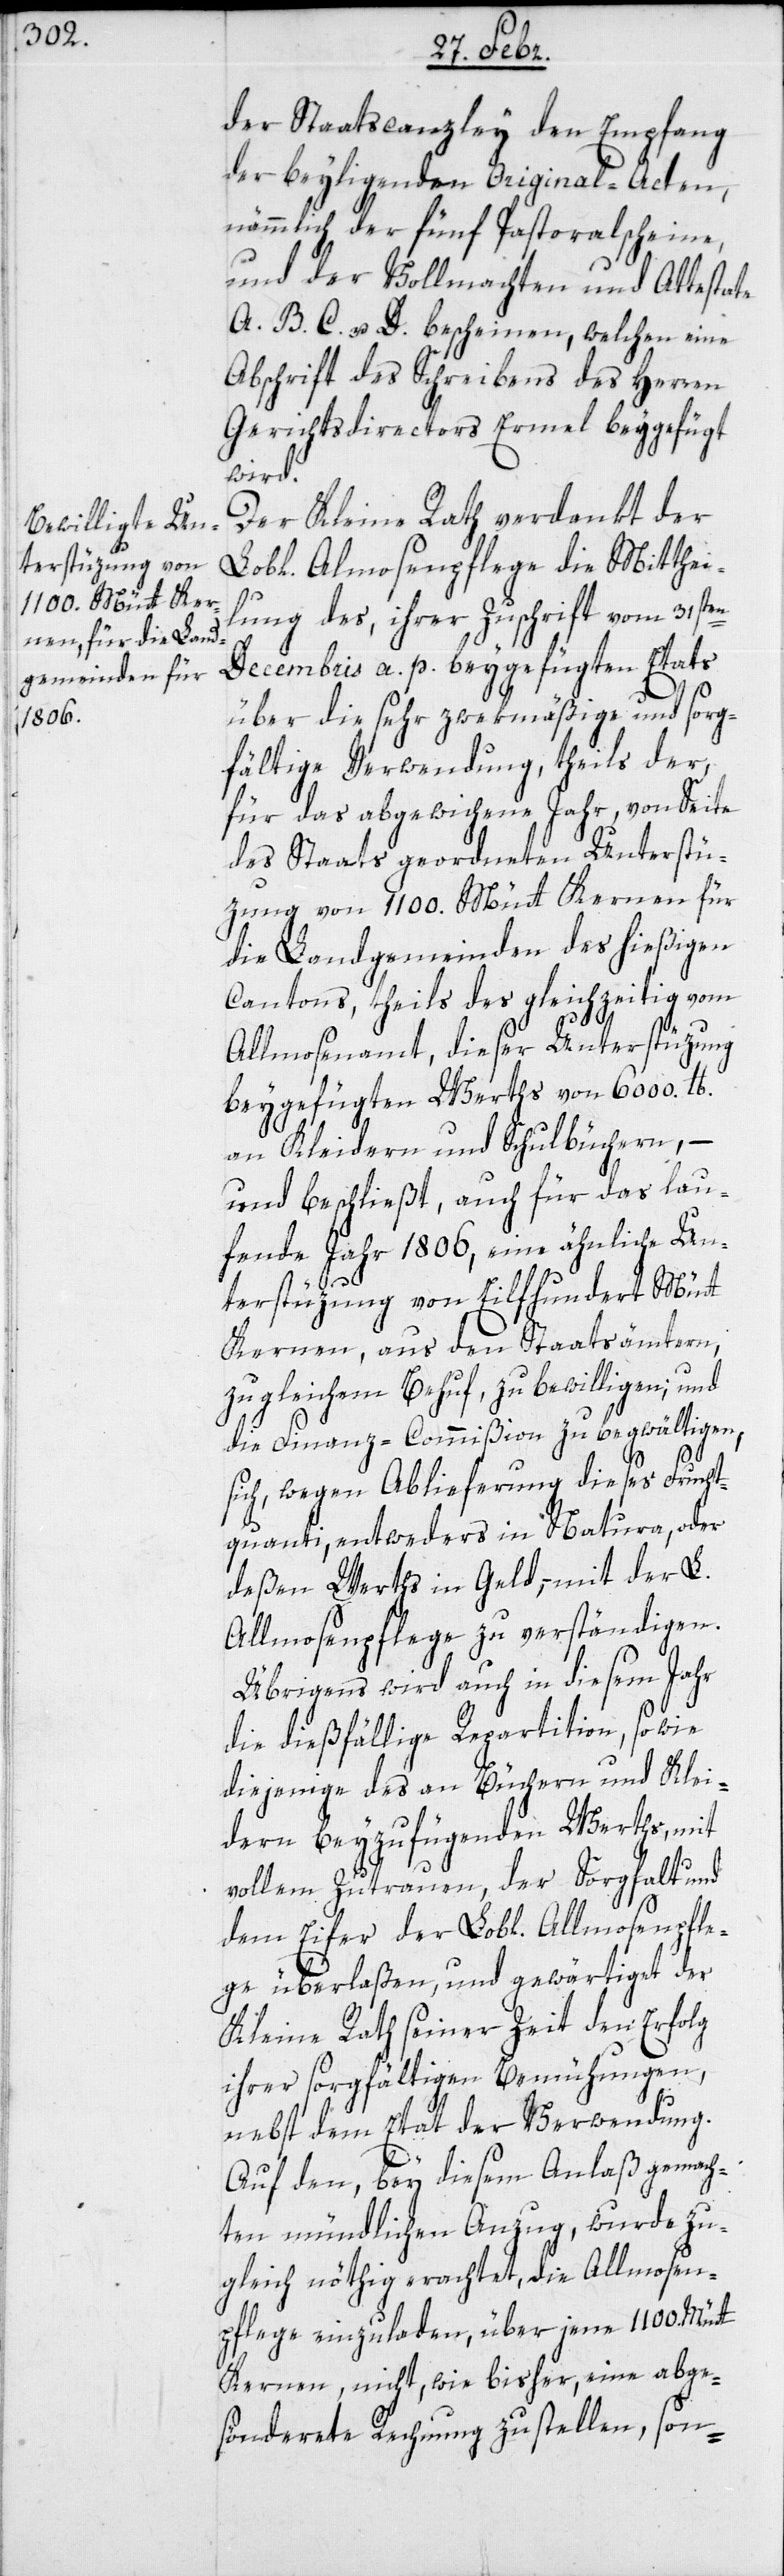
der Staatscanzley den Empfang
der beyligenden Original-Acten,
nämmlich der fünf Pastoralscheine,
und der Vollmachten und Attestate
A, B, C u. D. bescheinen, welchen eine
Abschrift des Schreibens des Herren
Gerichtsdirectors Ermel beygefügt
wird.
Der Kleine Rath verdankt der
Lobl. Almosenpflege die Mitthei¬
lung des, ihrer Zuschrift vom 31sten
Decembris a. p. beygefügten Etats
über die sehr zwekmäßige und sorg¬
fältige Verwendung, theils der,
für das abgewichene Jahr, von Seite
des Staats geordneten Unterstü¬
zung von 1100. Mütt Kernen für
die Landgemeinden des hießigen
Cantons, theils des gleichzeitig vom
Allmosenamt, dieser Unterstüzung
beygefügten Werths von 6000. lb.
an Kleidern und Schulbüchern, –
und beschließt, auch für das lau¬
fende Jahr 1806, ein ähnliche Un¬
terstüzung von Eilfhundert Mütt
Kernen, aus den Staatsämtern,
zu gleichem Behuf, zu bewilligen; und
die Finanz-Commißion zu begwältigen,
sich, wegen Ablieferung dieses Frucht¬
quanti, entweders in Natura, oder
deßen Werths in Geld, mit der L.
Allmosenpflege zu verständigen.
Übrigens wird auch in diesem Jahr
die dießfällige Repartition, sowie
diejenige des an Büchern und Klei¬
dern beyzufügenden Werths, mit
vollem Zutrauen, der Sorgfalt und
dem Eifer der Lobl. Allmosenpfle¬
ge überlaßen, und gewärtiget der
Kleine Rath seiner Zeit den Erfolg
ihrer sorgfältigen Bemühungen,
nebst dem Etat der Verwendung.
Auf den, bey diesem Anlaß gemach¬
ten mündlichen Anzug, wurde zu¬
gleich nöthig erachtet, die Allmosen¬
pflege einzuladen, über jene 1100. Mütt
Kernen, nicht, wie bisher, eine abge¬
sönderte Rechnung zu stellen, son-